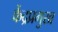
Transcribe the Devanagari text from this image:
केंद्रप्रमुख